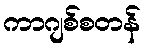
ကာဂျစ်စတန်